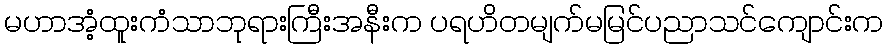
မဟာအံ့ထူးကံသာဘုရားကြီးအနီးက ပရဟိတမျက်မမြင်ပညာသင်ကျောင်းက